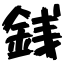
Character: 銭